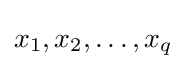
x_{1},x_{2},\dots ,x_{q}